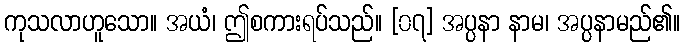
ကုသလာဟူသော။ အယံ၊ ဤစကားရပ်သည်။ [၀၇] အပ္ပနာ နာမ၊ အပ္ပနာမည်၏။